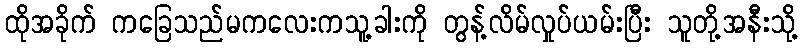
ထိုအခိုက် ကခြေသည်မကလေးကသူ့ခါးကို တွန့်လိမ်လှုပ်ယမ်းပြီး သူတို့အနီးသို့